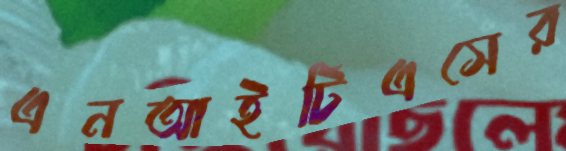
এনআইটিএসের